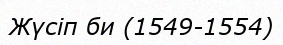
Жүсіп би (1549-1554)